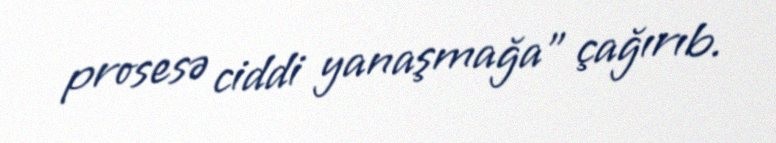
prosesə ciddi yanaşmağa” çağırıb.